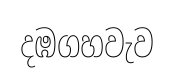
දඹගහවැව